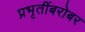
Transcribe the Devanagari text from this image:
प्रभृतींबरोबर